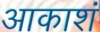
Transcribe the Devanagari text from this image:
आकाशं